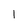
Character: l